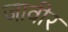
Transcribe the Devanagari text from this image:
जावीर